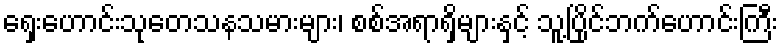
ရှေးဟောင်းသုတေသနသမားများ၊ စစ်အရာရှိများနှင့် သူ့ပြိုင်ဘက်ဟောင်းကြီး